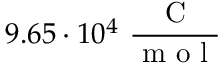
9 . 6 5 \cdot 1 0 ^ { 4 } \ \frac { \mathrm { ~ C ~ } } { \mathrm { ~ m ~ o ~ l ~ } }